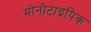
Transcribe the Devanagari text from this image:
मोनोटाइपिक